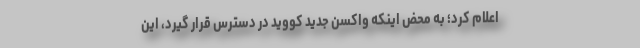
اعلام کرد؛ به محض اینکه واکسن جدید کووید در دسترس قرار گیرد، این